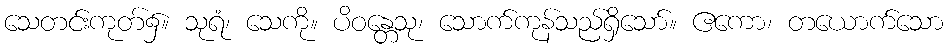
သေတင်းကုတ်၌။ သုရံ၊ သေကို။ ပိဝန္တေသု၊ သောက်ကုန်သည်ရှိသော်။ ဧကော၊ တယောက်သော